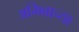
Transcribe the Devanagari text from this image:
अमिबाच्या